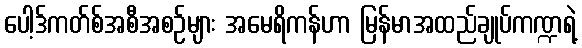
ပေါ့ဒ်ကတ်စ်အစီအစဉ်များ အမေရိကန်ဟာ မြန်မာအထည်ချုပ်ကဏ္ဍရဲ့